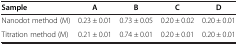
| Sample | A | B | C | D |
 | --- | --- | --- | --- | --- |
 | Nanodot method (M) | 0.23 ± 0.01 | 0.73 ± 0.05 | 0.20 ± 0.02 | 0.20 ± 0.01 |
 | Titration method (M) | 0.21 ± 0.01 | 0.74 ± 0.01 | 0.20 ± 0.01 | 0.20 ± 0.01 |